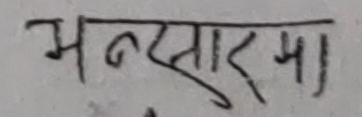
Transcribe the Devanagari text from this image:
मनोरमा